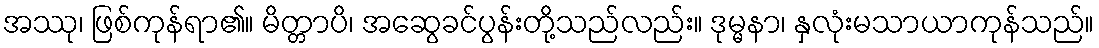
အဿု၊ ဖြစ်ကုန်ရာ၏။ မိတ္တာပိ၊ အဆွေခင်ပွန်းတို့သည်လည်း။ ဒုမ္မနာ၊ နှလုံးမသာယာကုန်သည်။